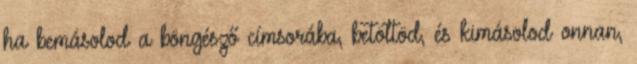
ha bemásolod a böngésző címsorába, betöltöd, és kimásolod onnan,